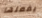
يفعلها